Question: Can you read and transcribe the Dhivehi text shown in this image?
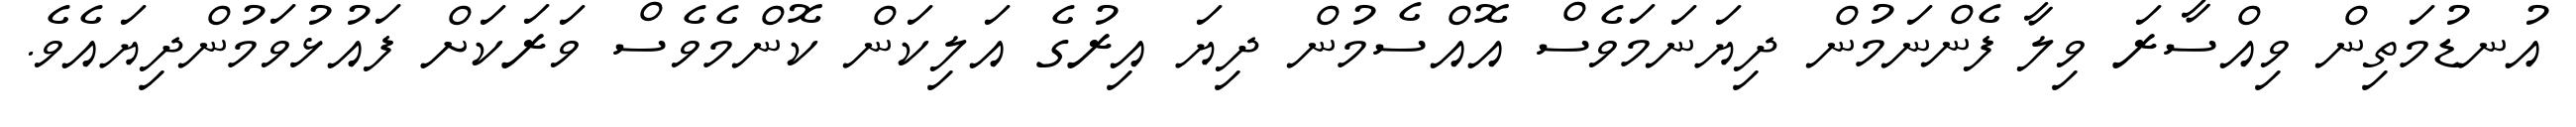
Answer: އުނޑުމަތިން ވިއްސާރަ ވިލާ ފެންނަމުން ދިޔަނަމަވެސް އޮއްސެމުން ދިޔަ އިރުގެ އަލިކަން ކޮންމެވެސް ވަރަކަށް ފައުޅުވަމުންދިޔައެވެ.